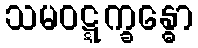
သမဝဋ္ဋက္ခန္ဓော